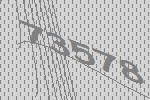
73578